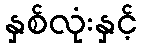
နှစ်လုံးနှင့်